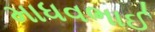
માધવભાઈ